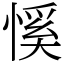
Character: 慀